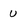
Character: u